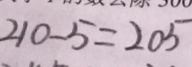
2 1 0 - 5 = 2 0 5